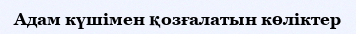
Адам күшімен қозғалатын көліктер